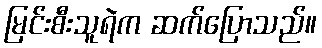
မြင်းစီးသူရဲက ဆက်ပြောသည်။